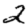
Digit: 2